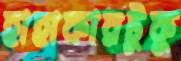
হাহাকারটুকু